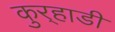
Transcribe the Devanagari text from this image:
कुर्‍हाडी